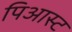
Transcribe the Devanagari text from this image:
पिआस्ट